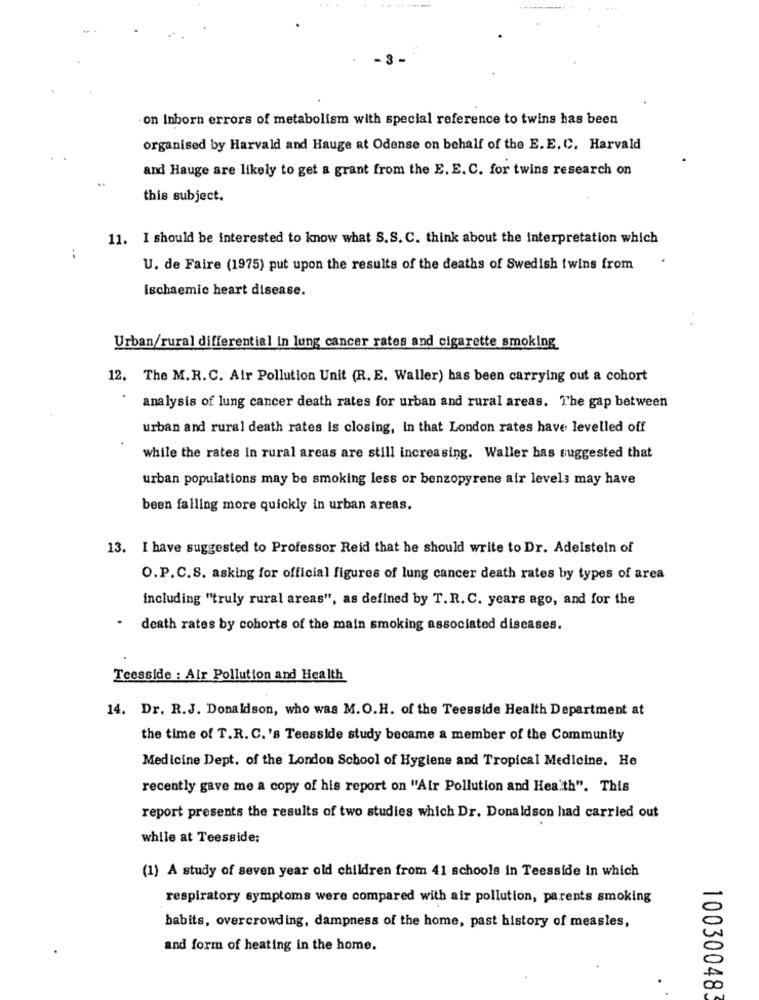
--
on inborn errors of metabolism with special reference to twins has been
organised by Harvald and Hauge at Odense on behalf of the E.E. C. Harvald
and Hauge are likely to get a grant from the E. E.C. for twins research on
this subject.
11. I should be interested to know what S.S. C. think about the Interpretation which
..
U. de Faire (1975) put upon the results of the deaths of Swedish twins from
Ischaemic heart disease.
Urban/rural differential in lung cancer rates and cigarette smoking
12. The M.R.C. Air Pollution Unit (R. E. Waller) has been carrying out a cohort
analysis of lung cancer death rates for urban and rural areas. The gap between
urban and rural death rates Is closing, in that London rates have levelled off
while the rates in rural areas are still increasing. Waller has suggested that
urban populations may be smoking less or benzopyrene air levels may have
been falling more quickly in urban areas.
13. I have suggested to Professor Reid that he should write to Dr. Adelstein of
O.P.C.S. asking for official figures of lung cancer death rates by types of area
including "truly rural areas", as defined by T.R. C. years ago, and for the
death rates by cohorts of the main smoking associated diseases.
Teesside : Air Pollution and Health
14. Dr. R.J. Donaldson, who was M.O.H. of the Teesside Health Department at
the time of T.R. C.'s Teesside study became a member of the Community
Medicine Dept. of the London School of Hygiene and Tropical Medicine. He
recently gave me a copy of his report on "Air Pollution and Health". This
report presents the results of two studies which Dr. Donaldson had carried out
while at Teesside:
(1) A study of seven year old children from 41 schools in Teesside in which
respiratory symptoms were compared with air pollution, parents smoking
babits, overcrowding, dampness of the home, past history of measles,
and form of heating in the home.
100300483